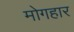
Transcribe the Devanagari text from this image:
मोगहार